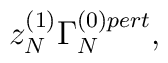
z_N^{(1)}\Gamma_N^{(0)pert},